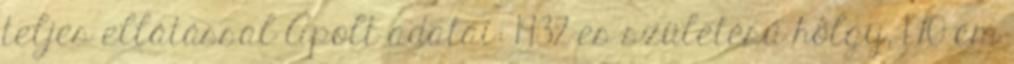
teljes ellátással Ápolt adatai: 1932-es születésű hölgy, 170 cm